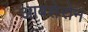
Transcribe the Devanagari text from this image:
आबशेरोन